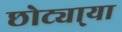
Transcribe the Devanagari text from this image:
छोट्या्या